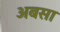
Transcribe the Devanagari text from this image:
अबसा